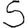
Digit: 5